Problem: 2 + 4 = ?
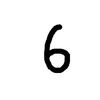
Handwritten answer: 6